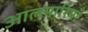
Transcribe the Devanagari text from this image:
आलमारियाँ